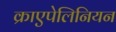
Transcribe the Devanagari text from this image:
क्राएपेलिनियन